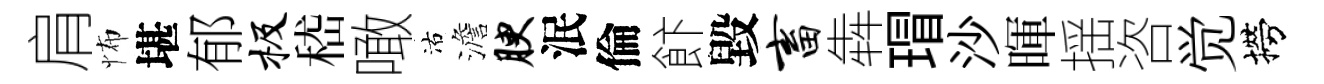
肩怖堪郁极嵇噉沽澹腴泯倫飰毀畜犇瑁沙暉揺咨觉撈